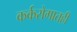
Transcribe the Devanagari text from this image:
कर्करोगातही